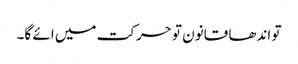
تو اندھا قانون تو حرکت میں ائے گا۔